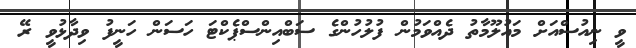
ވީ ނިއުސްއަށް މައުލޫމާތު ދެއްވަމުން ފުލުހުންގެ ސަބްއިންސްޕެކްޓަ ހަސަން ހަނީފު ވިދާޅުވީ ރޭ